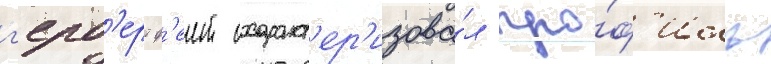
г'ерб'ерт ф'еит охаракт'ер'изова́л про́ф'иль